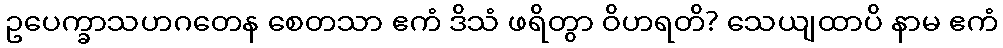
ဥပေက္ခာသဟဂတေန စေတသာ ဧကံ ဒိသံ ဖရိတွာ ဝိဟရတိ? သေယျထာပိ နာမ ဧကံ